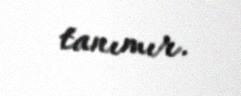
tanımır.